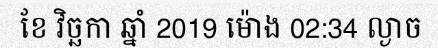
ខែ វិច្ឆកា ឆ្នាំ 2019 ម៉ោង 02:34 ល្ងាច